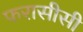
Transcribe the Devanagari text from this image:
फरासीसी